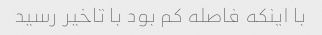
با اینکه فاصله کم بود با تاخیر رسید